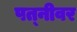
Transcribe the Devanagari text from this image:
पत्‍नीवर